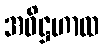
အဓိဋ္ဌဟာထ